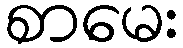
စာမေး